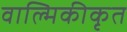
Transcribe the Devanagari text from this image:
वाल्मिकीकृत